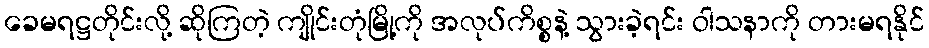
ခေမရဋ္ဌတိုင်းလို့ ဆိုကြတဲ့ ကျိုင်းတုံမြို့ကို အလုပ်ကိစ္စနဲ့ သွားခဲ့ရင်း ဝါသနာကို တားမရနိုင်